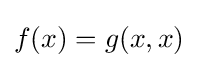
f(x)=g(x,x)